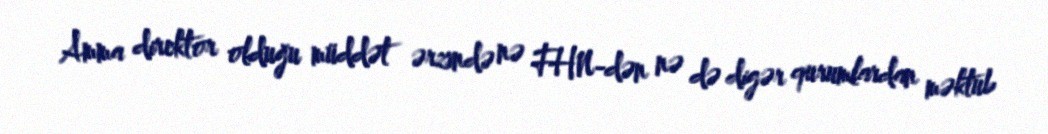
Amma direktor olduğu müddət ərzində nə FHN-dən nə də digər qurumlardan məktub